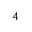
^ 4